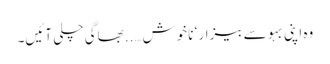
وہ اپنی بہو سے بیزار ‘ ناخوش…..بھاگی چلی آئیں۔